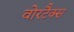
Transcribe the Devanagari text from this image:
वोरटैक्स